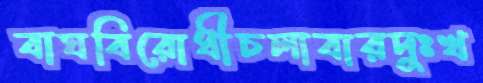
বাঘবিরোধীচলাবারদুঃখ